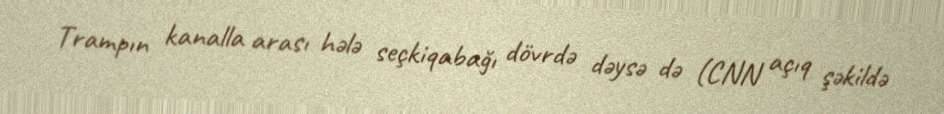
Trampın kanalla arası hələ seçkiqabağı dövrdə dəysə də (CNN açıq şəkildə